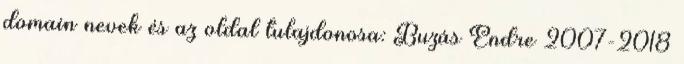
domain nevek és az oldal tulajdonosa: Buzás Endre 2007-2018